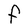
Character: F